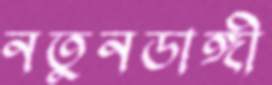
নতুনডাঙ্গী